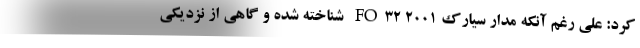
کرد: علی رغم آنکه مدار سیارک FO32 2001 شناخته شده و گاهی از نزدیکی